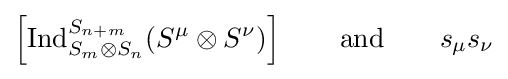
\left[\operatorname {Ind} _{S_{m}\otimes S_{n}}^{S_{n+m}}(S^{\mu }\otimes S^{\nu })\right]\qquad {\text{and}}\qquad s_{\mu }s_{\nu }